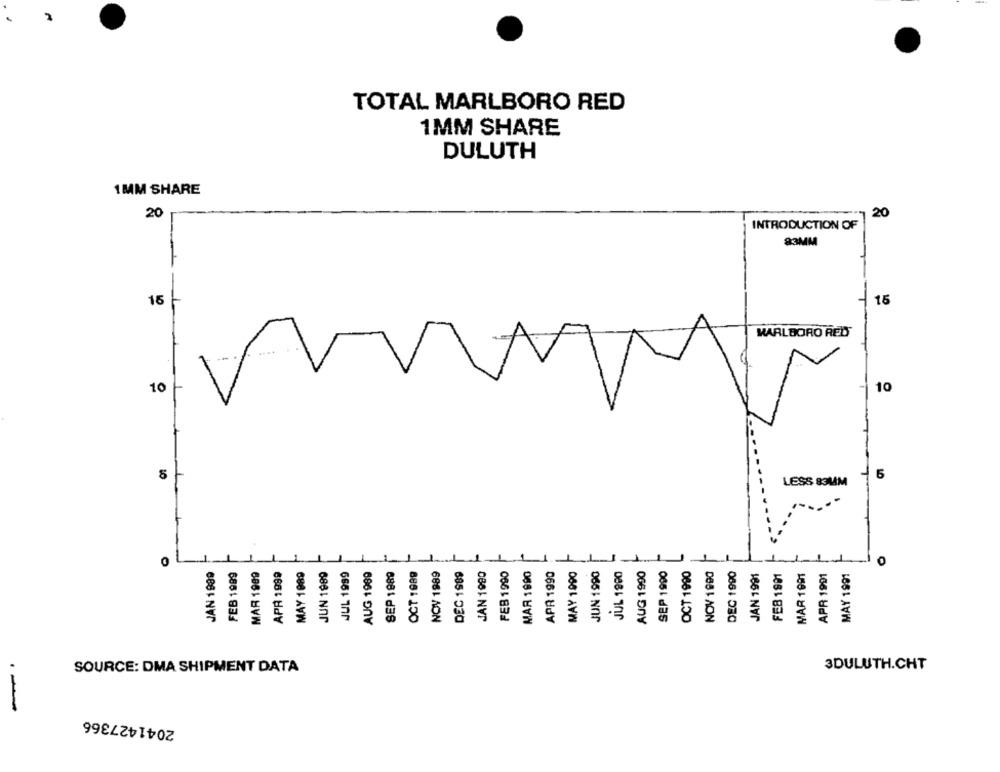
TOTAL MARLBORO RED
1MM SHARE
DULUTH
1MM SHARE
20
20
INTRODUCTION OF
83MM
15
15
MARLBORO RED
10
10
5
5
LESS 83MM
O
O
JAN 1989
SEP 1989
NOV 1989
DEC 1989
FEB 1990
APR 1990
JUN 1990
JUL 1990
AUG 1990
SEP 1990
OCT 1990
NOV 1990
FEB 1989
MAR 1989
APR 1999
MAY 1989
JUN 1989
JUL 1999
AUG 1989
OCT 1989
JAN 1980
MAR 1990
MAY 1990
DEC 1990
JAN 1991
FEB 1991
MAR 1991
APR 1991
MAY 1991
-
SOURCE: DMA SHIPMENT DATA
3DULUTH.CHT
2041427366